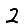
Digit: 2